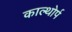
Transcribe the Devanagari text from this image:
काल्थोर्प